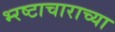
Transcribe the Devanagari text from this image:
भ्‍रष्टाचाराच्या